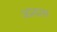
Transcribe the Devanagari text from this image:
अप्रयास